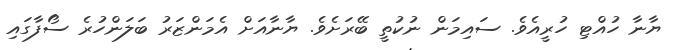
ޔާނާ ހުއްޓި ހުރީއެވެ. ސައިމަން ނުކުތީ ބޭރަށެވެ. ޔާނާއަށް އެމަންޒަރު ބަލަންހުރެ ސޯފާގައި